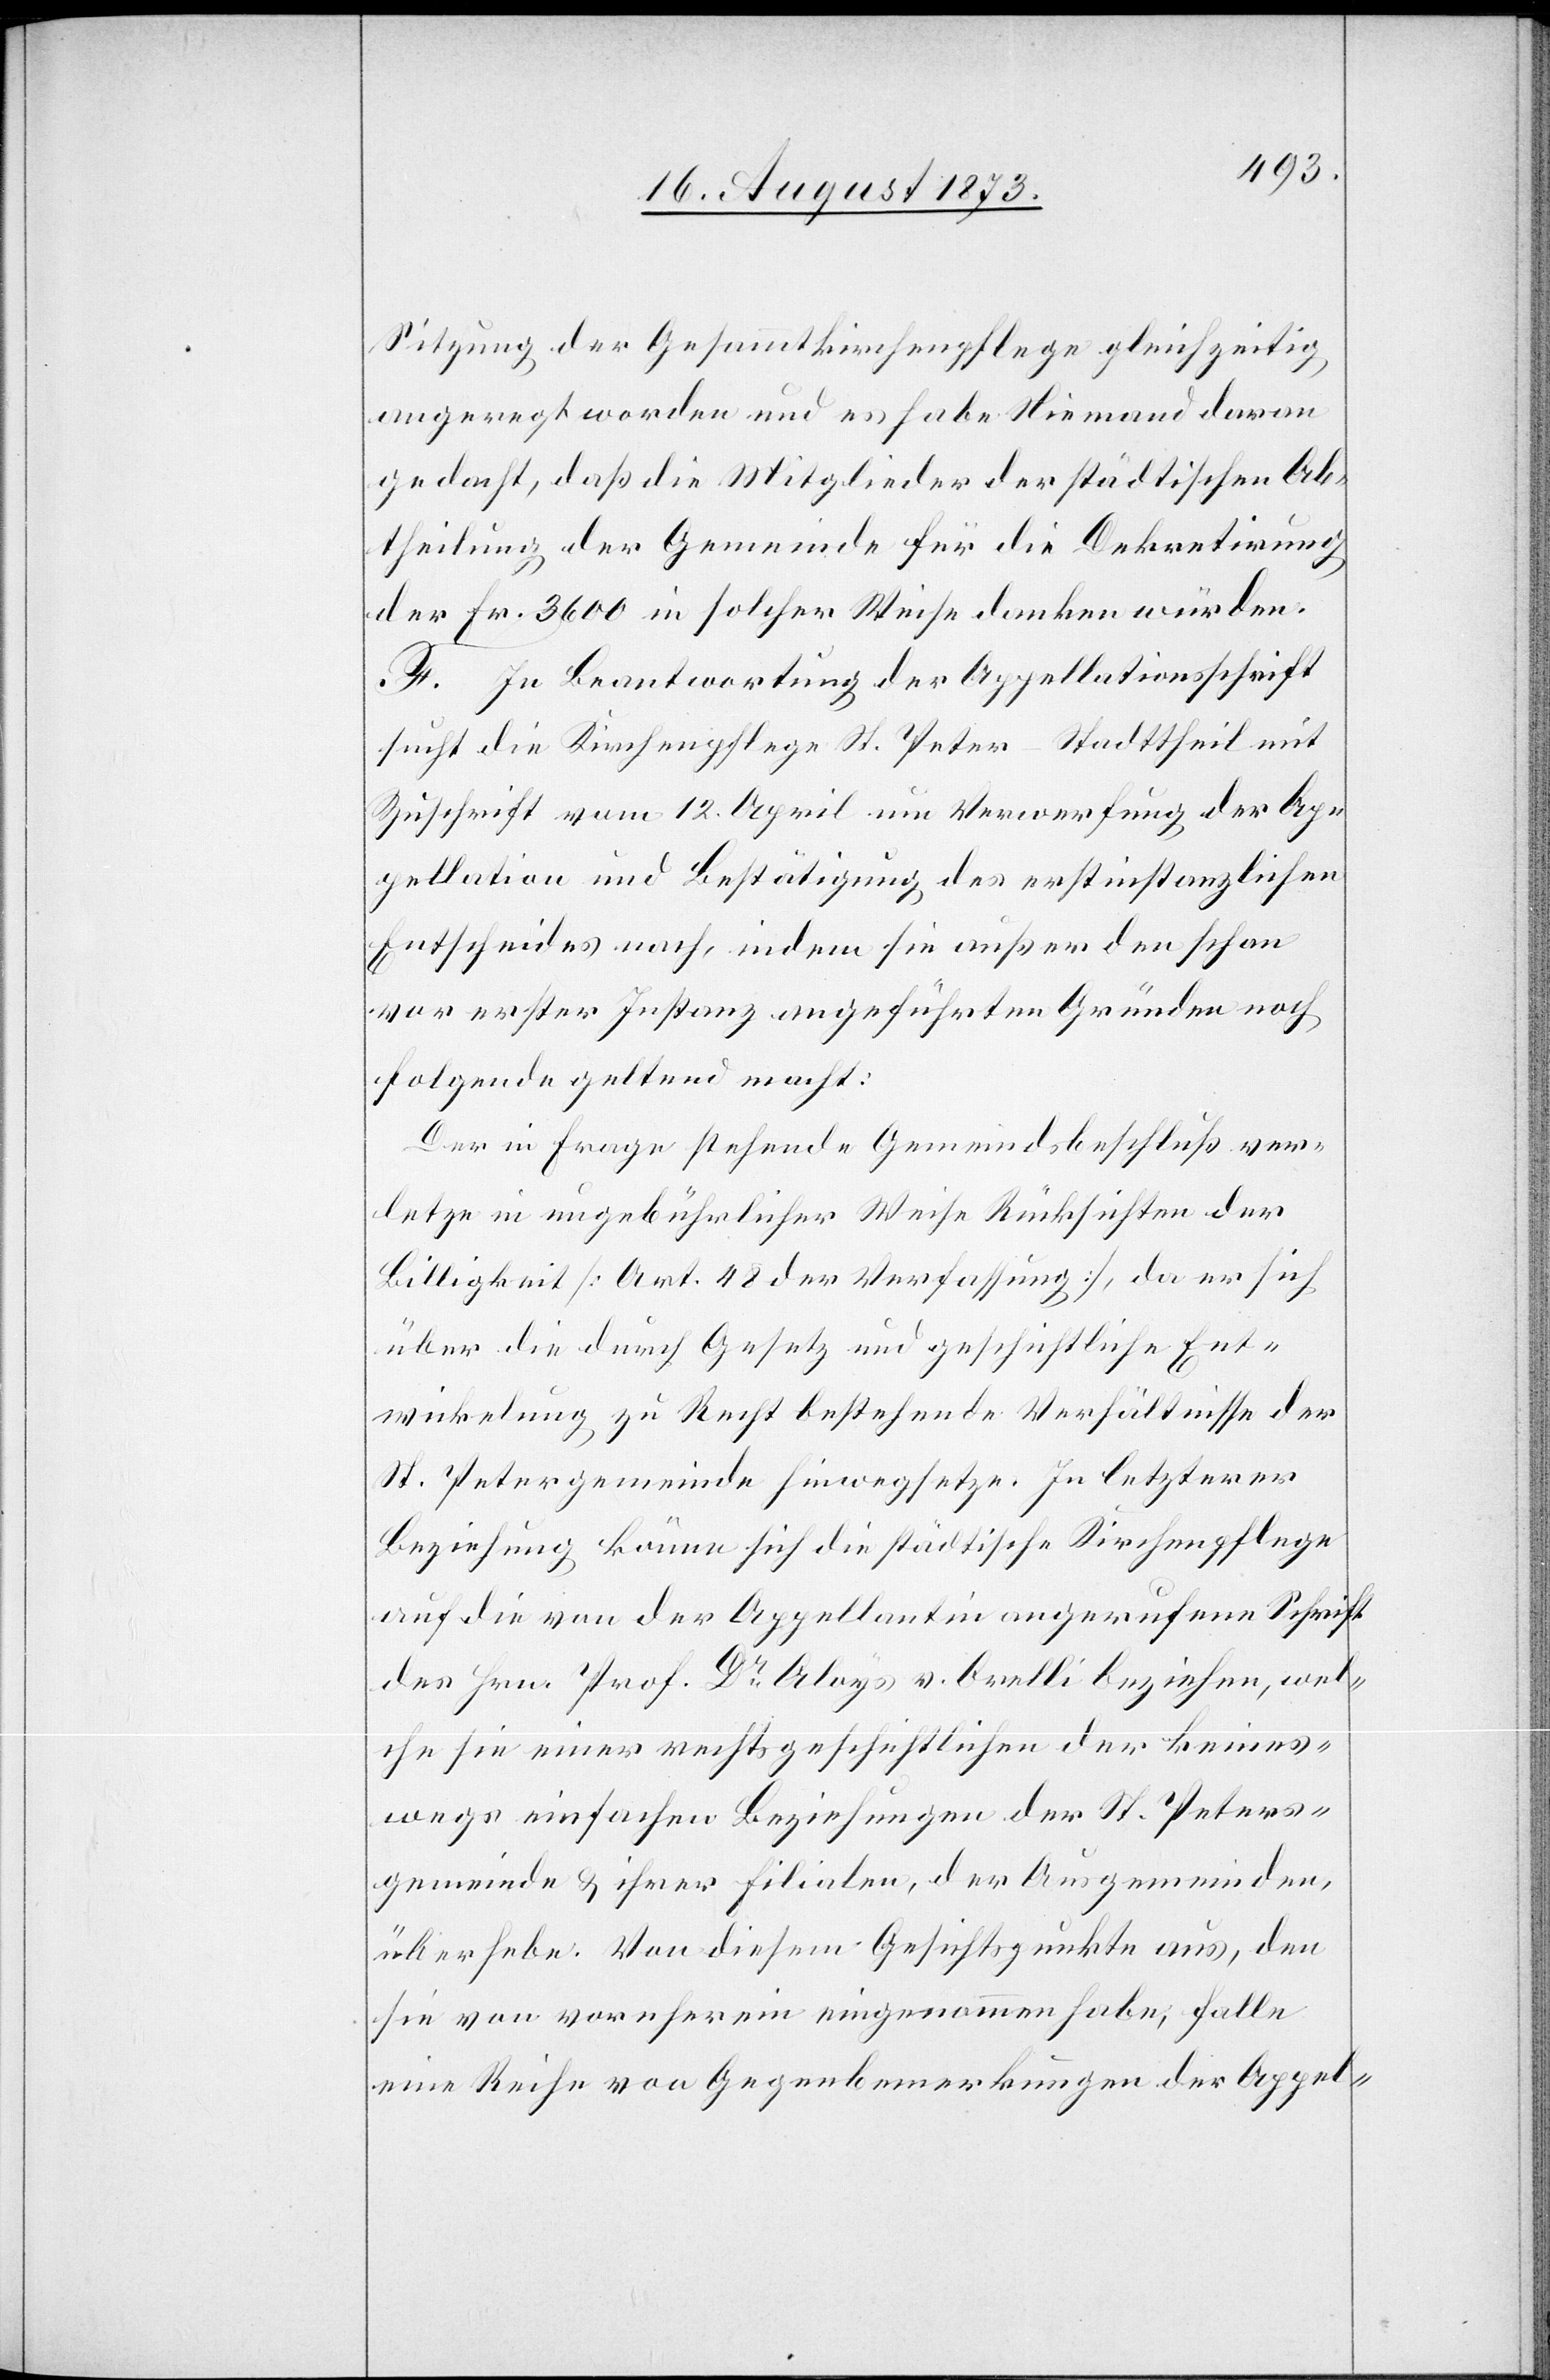
Sitzung der Gesammtkirchenpflege gleichzeitig
angeregt worden und es habe Niemand daran
gedacht, daß die Mitglieder der städtischen Ab¬
theilung der Gemeinde für die Dekretirung
der Fr. 3 600 in solcher Weise danken würden.
F. In Beantwortung der Appellationsschrift
sucht die Kirchenpflege St. Peter-Stadttheil mit
Zuschrift vom 12. April um Verwerfung der Ap¬
pellation und Bestätigung des erstinstanzlichen
Entscheides nach, indem sie außer den schon
vor erster Instanz angeführten Gründen noch
folgende geltend macht:
Der in Frage stehende Gemeindsbeschluß ver¬
letze in ungebührlicher Weise Rücksichten der
Billigkeit [Art. 48 der Verfassung], da er sich
über die durch Gesetz und geschichtliche Ent¬
wickelung zu Recht bestehende Verhältnisse der
St. Petergemeinde hinwegsetze. In letzterer
Beziehung könne sich die städtische Kirchenpflege
auf die von der Appellantin angerufene Schrift
des Hrn. Prof. Dr Aloys v. Orelli beziehen, wel¬
che sie einer rechtsgeschichtlichen der keines¬
wegs einfachen Beziehungen der St. Peters¬
gemeinde & ihrer Filialen, der Ausgemeinden,
überhebe. Von diesem Gesichtspunkte aus, den
sie von vornherein eingenommen habe, falle
eine Reihe von Gegenbemerkungen der Appel-